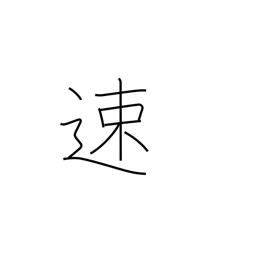
Meaning: quick